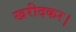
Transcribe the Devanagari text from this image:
खरीदकर।